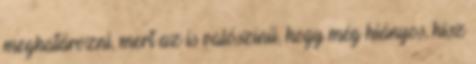
meghatározni, mert az is valószínű, hogy még hiányos, hisz